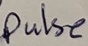
Text: Pulse